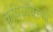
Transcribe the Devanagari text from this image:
कृषिव्‍यवस्था